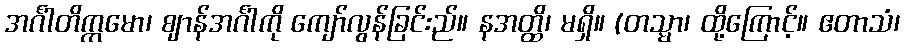
အင်္ဂါတိက္ကမော၊ ဈာန်အင်္ဂါကို ကျော်လွန်ခြင်းည်။ နအတ္ထိ၊ မရှိ။ (တသ္မာ၊ ထို့ကြောင့်။ ဧတာသံ၊